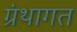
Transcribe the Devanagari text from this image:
ग्रंथागत